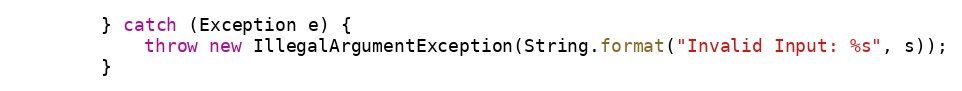
Language: Java
        } catch (Exception e) {
            throw new IllegalArgumentException(String.format("Invalid Input: %s", s));
        }